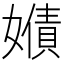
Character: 𡢻